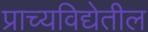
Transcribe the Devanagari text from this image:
प्राच्यविद्येतील